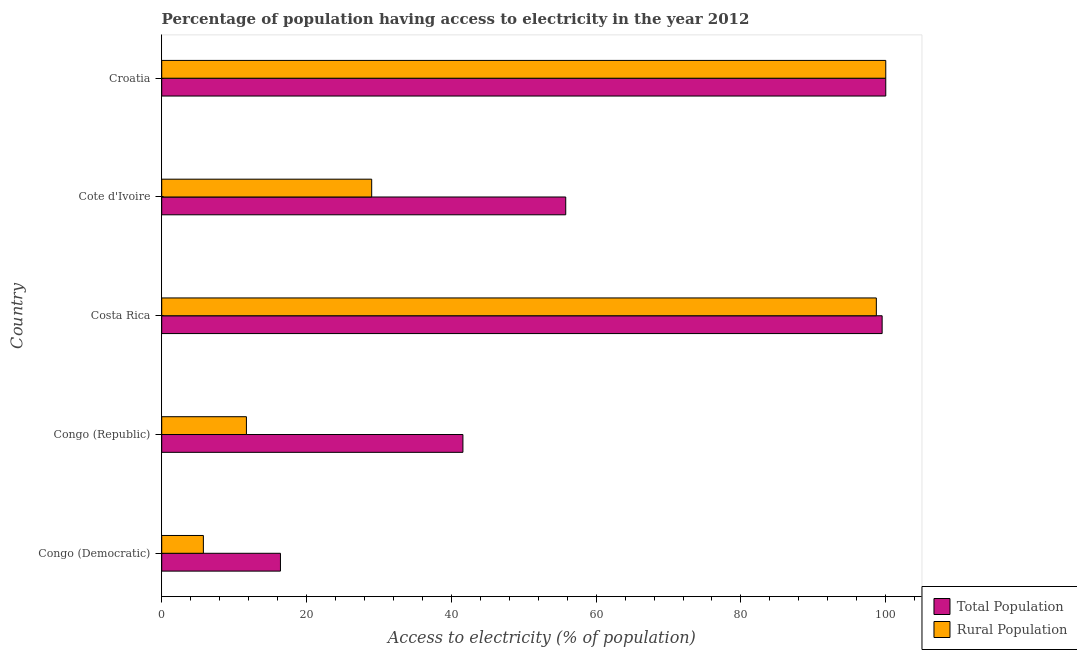
| Country | Total Population | Rural Population |
 | --- | --- | --- |
 | Congo (Democratic) | 16.4 | 5.75 |
 | Congo (Republic) | 41.6 | 11.7 |
 | Costa Rica | 99.5 | 98.7 |
 | Cote d'Ivoire | 55.8 | 29 |
 | Croatia | 100 | 100 |